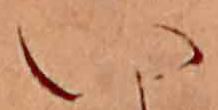
い